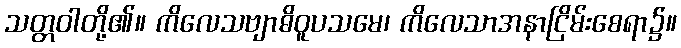
သတ္တဝါတို့၏။ ကိလေသဗျာဓိဝူပသမေ၊ ကိလေသာအနာငြိမ်းစေရာ၌။